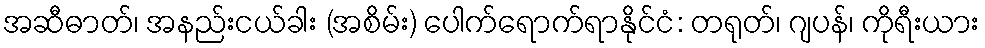
အဆီဓာတ်၊ အနည်းငယ်ခါး (အစိမ်း) ပေါက်ရောက်ရာနိုင်ငံ: တရုတ်၊ ဂျပန်၊ ကိုရီးယား